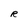
Character: R